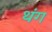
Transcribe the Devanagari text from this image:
थंग